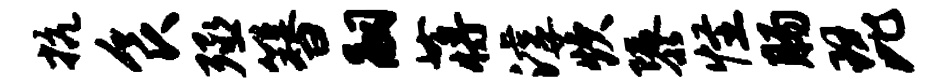
抗食殛簪嗣蒋滹炊隳怪肠琵